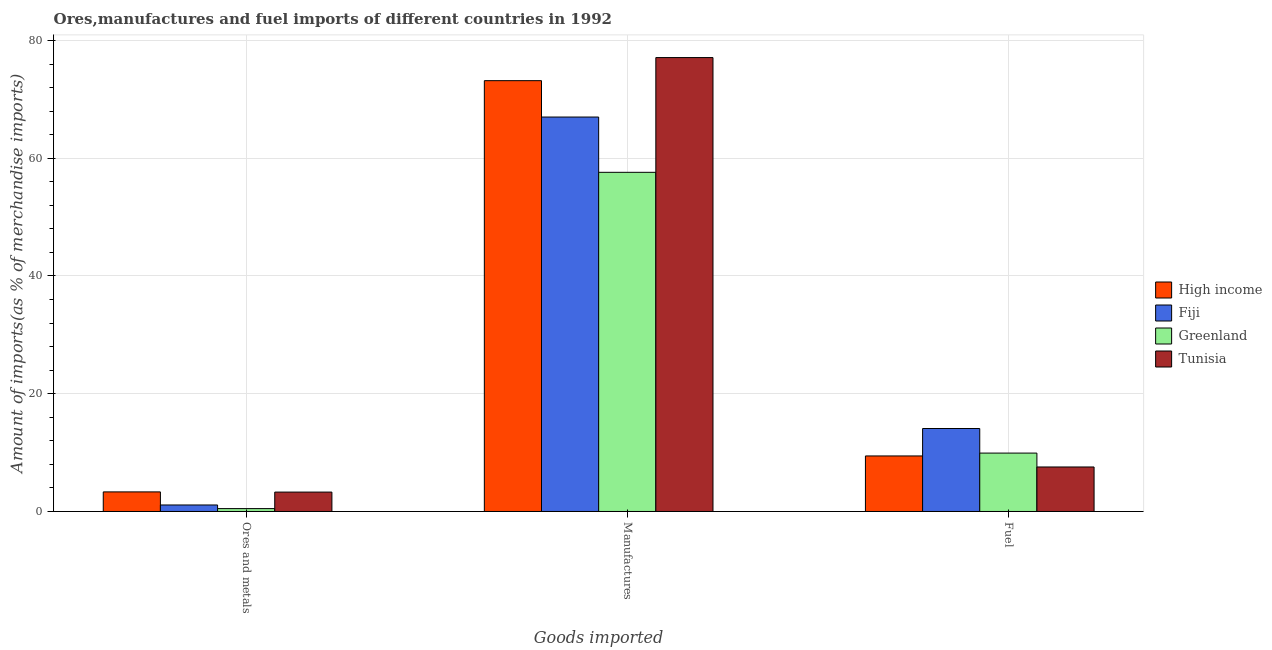
| Goods imported | High income | Fiji | Greenland | Tunisia |
 | --- | --- | --- | --- | --- |
 | Ores and metals | 3.33 | 1.1 | 0.49 | 3.3 |
 | Manufactures | 73.2 | 67 | 57.6 | 77.1 |
 | Fuel | 9.43 | 14.1 | 9.92 | 7.56 |